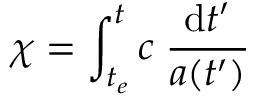
\chi = \int _ { t _ { e } } ^ { t } c \; { \frac { \mathrm { d } t ^ { \prime } } { a ( t ^ { \prime } ) } }